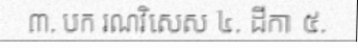
៣. បក រណវិសេស ៤. ដីកា ៥.